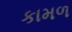
કામળ